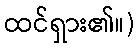
ထင်ရှား၏။)